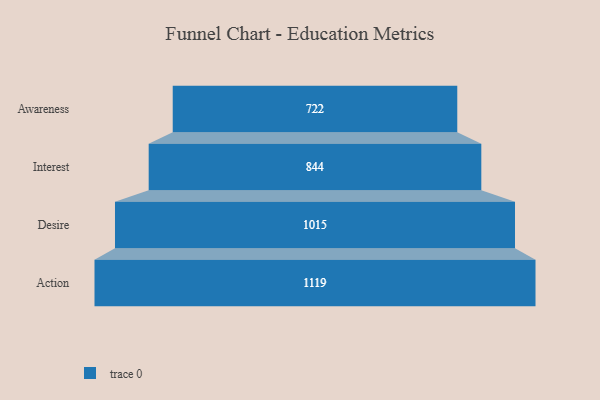
{"axis": {"x": "Stage", "y": "Value"}, "legend": [""], "data": [{"x": "Awareness", "y": 722.0, "type": ""}, {"x": "Interest", "y": 844.0, "type": ""}, {"x": "Desire", "y": 1015.0, "type": ""}, {"x": "Action", "y": 1119.0, "type": ""}]}